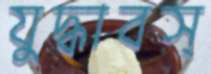
যুদ্ধাবস্